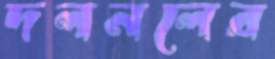
দলনলের